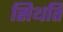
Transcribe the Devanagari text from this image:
सिथति